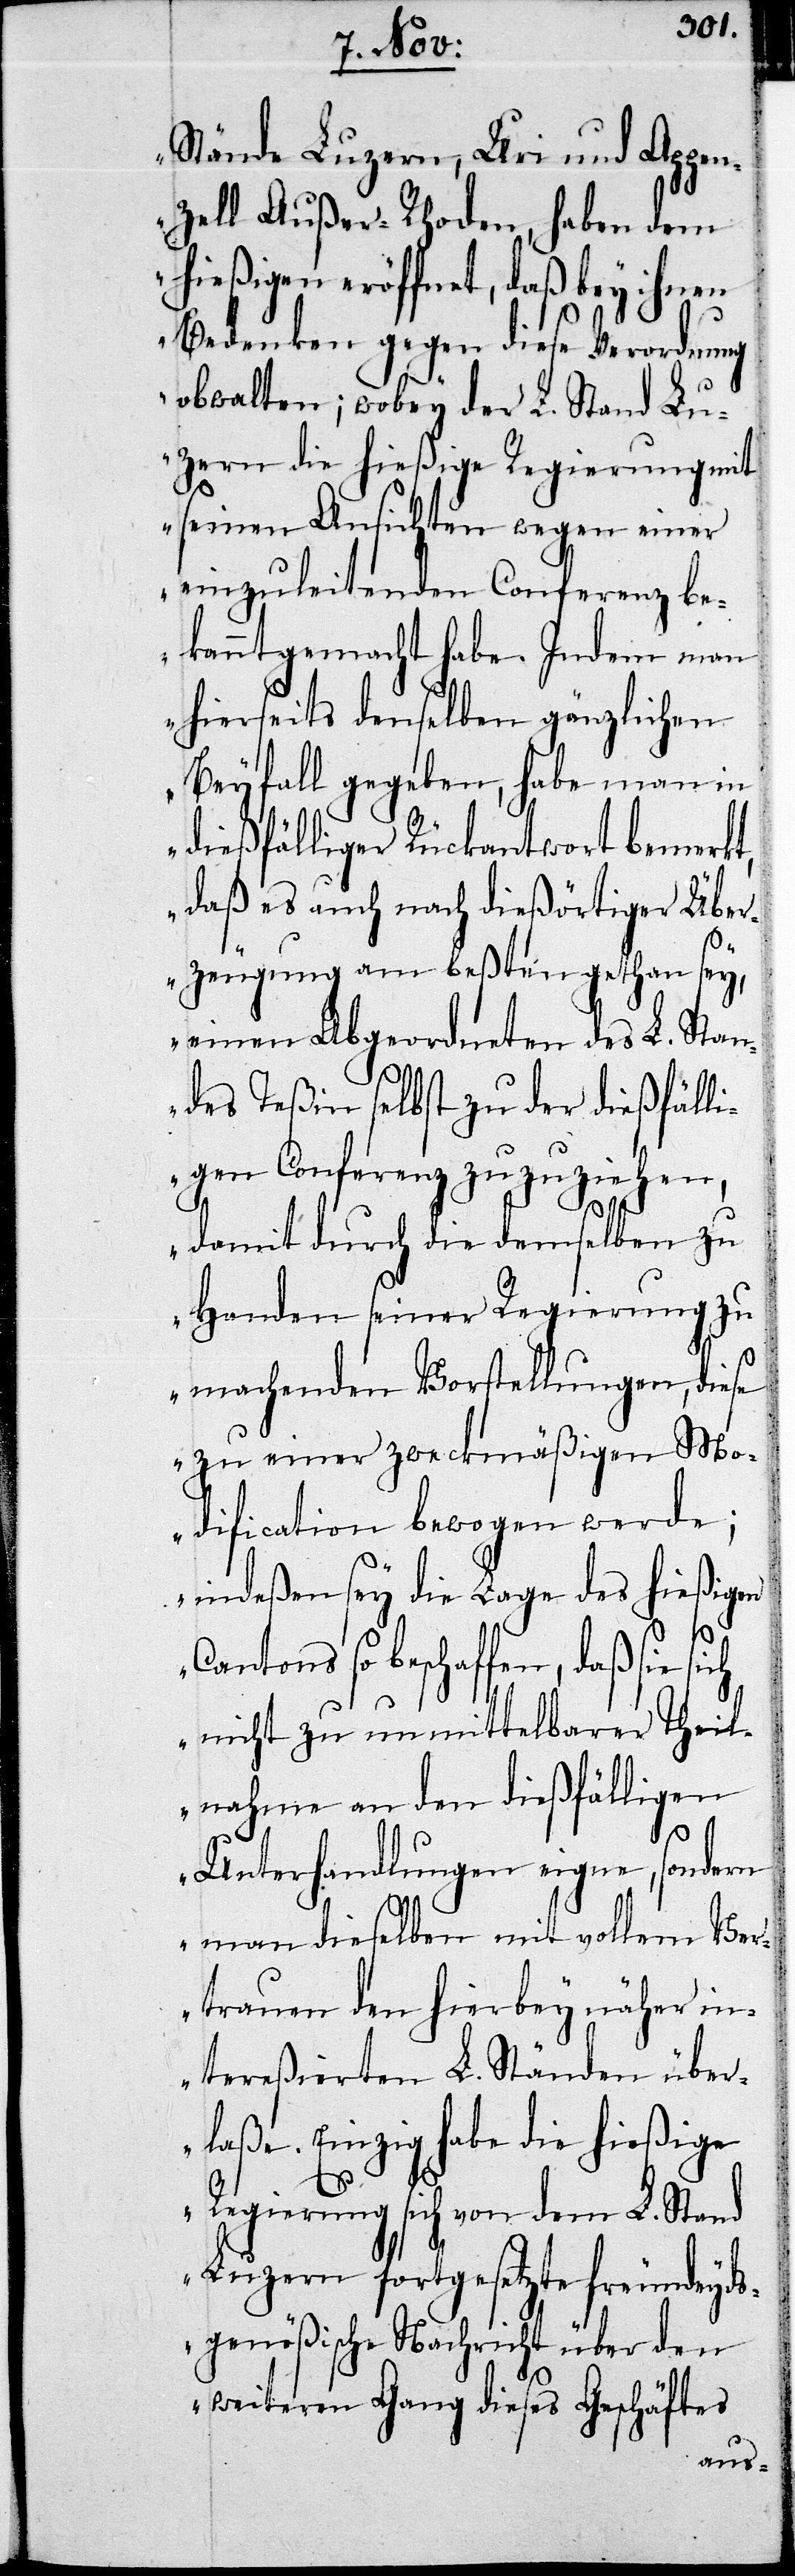
Stände Luzern, Uri und Appen¬
zell Außer-Rhoden, haben dem
hießigen eröffnet, daß bey ihnen
Bedenken gegen diese Verordnung
obwalten; wobey der L. Stand Lu¬
zern die hießige Regierung mit
seinen Ansichten wegen einer
einzuleitenden Conferenz be¬
kanntgemacht habe. Indem man
hierseits denselben gänzlichen
Beyfall gegeben, habe man in
dießfälliger Rückantwort bemerkt,
daß es auch nach dießörtiger Über¬
zeugung am beßten gethan sey,
einen Abgeordneten des L. Stan¬
des Teßin selbst zu der dießfälli¬
gen Conferenz zuzuziehen,
damit durch die demselben zu
Handen seiner Regierung zu
machenden Vorstellungen, diese
zu einer zweckmäßigen Mo¬
dification bewogen werde;
indeßen sey die Lage des hießigen
Cantons so beschaffen, daß sie
nicht zu unmittelbarer Theil¬
nahme an den dießfälligen
Unterhandlungen eigne, sondern
man dieselben mit vollem Ver¬
trauen den hierbey näher in¬
tereßierten L. Ständen über¬
laße. Einzig habe die hießige
Regierung sich von dem L. Stand
Luzern fortgesetzte freundeyds¬
genößische Nachricht über den
weitern Gang dieses Geschäftes